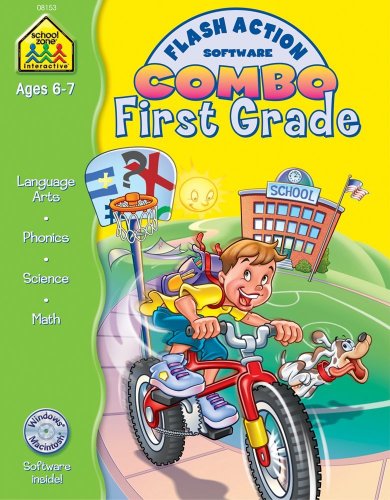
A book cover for First Grade Flash Action Combo (Flash Action Software); School Zone Interactive Staff; Children's Books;